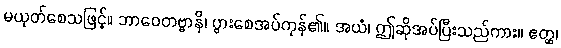
မယုတ်စေသဖြင့်။ ဘာဝေတဗ္ဗာနိ၊ ပွားစေအပ်ကုန်၏။ အယံ၊ ဤဆိုအပ်ပြီးသည်ကား။ ဧတ္ထ၊